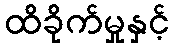
ထိခိုက်မှုနှင့်